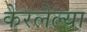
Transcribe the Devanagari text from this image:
केरलेल्या